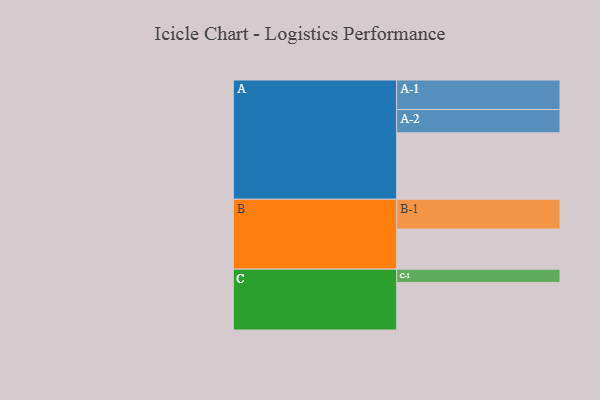
{"axis": {"x": "Segment", "y": "Value"}, "legend": ["", "A", "B", "C"], "data": [{"x": "A", "y": 580, "type": ""}, {"x": "B", "y": 350, "type": ""}, {"x": "C", "y": 415, "type": ""}, {"x": "A-1", "y": 258, "type": "A"}, {"x": "A-2", "y": 203, "type": "A"}, {"x": "B-1", "y": 260, "type": "B"}, {"x": "C-1", "y": 116, "type": "C"}]}